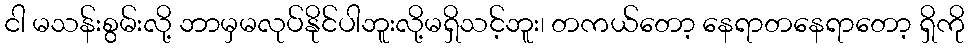
ငါ မသန်းစွမ်းလို့ ဘာမှမလုပ်နိုင်ပါဘူးလို့မရှိသင့်ဘူး၊ တကယ်တော့ နေရာတနေရာတော့ ရှိကို